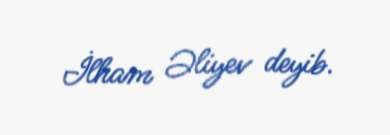
İlham Əliyev deyib.